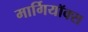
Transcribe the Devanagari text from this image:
मार्गियॉक्स